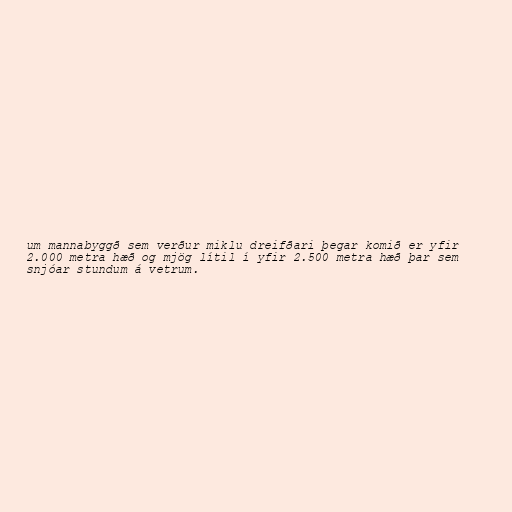
um mannabyggð sem verður miklu dreifðari þegar komið er yfir
2.000 metra hæð og mjög lítil í yfir 2.500 metra hæð þar sem
snjóar stundum á vetrum.